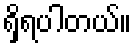
ရှိရပါတယ်။